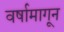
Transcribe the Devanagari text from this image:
वर्षामागून